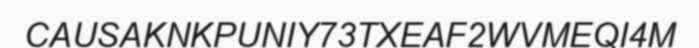
CAUSAKNKPUNIY73TXEAF2WVMEQI4M